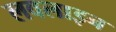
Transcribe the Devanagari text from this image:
लवलाइन